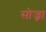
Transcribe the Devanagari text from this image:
सोज्ना